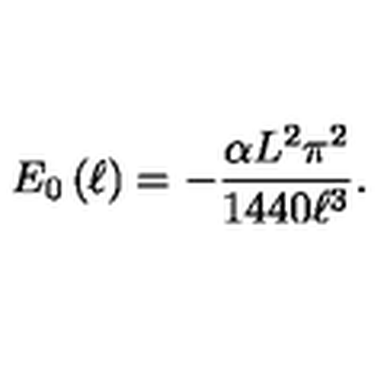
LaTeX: E _ { 0 } \left( \ell \right) = - \frac { \alpha L ^ { 2 } \pi ^ { 2 } } { 1 4 4 0 \ell ^ { 3 } } .